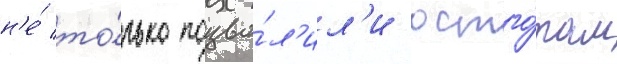
н'е́ то́лько позво́л'ил'и остго́там